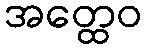
အတ္ထေဝ